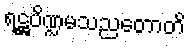
ရဋ္ဌပိဏ္ဍမသညတောတိ